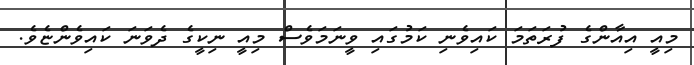
މިއީ އިއާންގެ ފުރަތަމަ ކައިވެނި ކަމުގައި ވީނަމަވެސް މިއީ ނިކީގެ ދެވަނަ ކައިވެންޏެވެ.